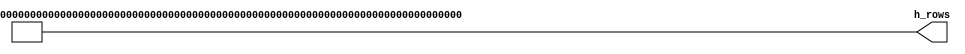
//*****************************************************************************
// (c) Copyright 2008 - 2013 Xilinx, Inc. All rights reserved.
//
// This file contains confidential and proprietary information
// of Xilinx, Inc. and is protected under U.S. and
// international copyright and other intellectual property
// laws.
//
// DISCLAIMER
// This disclaimer is not a license and does not grant any
// rights to the materials distributed herewith. Except as
// otherwise provided in a valid license issued to you by
// Xilinx, and to the maximum extent permitted by applicable
// law: (1) THESE MATERIALS ARE MADE AVAILABLE "AS IS" AND
// WITH ALL FAULTS, AND XILINX HEREBY DISCLAIMS ALL WARRANTIES
// AND CONDITIONS, EXPRESS, IMPLIED, OR STATUTORY, INCLUDING
// BUT NOT LIMITED TO WARRANTIES OF MERCHANTABILITY, NON-
// INFRINGEMENT, OR FITNESS FOR ANY PARTICULAR PURPOSE; and
// (2) Xilinx shall not be liable (whether in contract or tort,
// including negligence, or under any other theory of
// liability) for any loss or damage of any kind or nature
// related to, arising under or in connection with these
// materials, including for any direct, or any indirect,
// special, incidental, or consequential loss or damage
// (including loss of data, profits, goodwill, or any type of
// loss or damage suffered as a result of any action brought
// by a third party) even if such damage or loss was
// reasonably foreseeable or Xilinx had been advised of the
// possibility of the same.
//
// CRITICAL APPLICATIONS
// Xilinx products are not designed or intended to be fail-
// safe, or for use in any application requiring fail-safe
// performance, such as life-support or safety devices or
// systems, Class III medical devices, nuclear facilities,
// applications related to the deployment of airbags, or any
// other applications that could lead to death, personal
// injury, or severe property or environmental damage
// (individually and collectively, "Critical
// Applications"). Customer assumes the sole risk and
// liability of any use of Xilinx products in Critical
// Applications, subject only to applicable laws and
// regulations governing limitations on product liability.
//
// THIS COPYRIGHT NOTICE AND DISCLAIMER MUST BE RETAINED AS
// PART OF THIS FILE AT ALL TIMES.
//
//*****************************************************************************
//   ____  ____
//  /   /\/   /
// /___/  \  /    Vendor                : Xilinx
// \   \   \/     Version               : %version
//  \   \         Application           : MIG
//  /   /         Filename              : ecc_gen.v
// /___/   /\     Date Last Modified    : $date$
// \   \  /  \    Date Created          : Tue Jun 30 2009
//  \___\/\___\
//
//Device            : 7-Series
//Design Name       : DDR3 SDRAM
//Purpose           :
//Reference         :
//Revision History  :
//*****************************************************************************

`timescale 1ps/1ps

// Generate the ecc code.  Note that the synthesizer should
// generate this as a static logic.  Code in this block should
// never run during simulation phase, or directly impact timing.
//
// The code generated is a single correct, double detect code.
// It is the classic Hamming code.  Instead, the code is
// optimized for minimal/balanced tree depth and size.  See
// Hsiao IBM Technial Journal 1970.
//
// The code is returned as a single bit vector, h_rows.  This was
// the only way to "subroutinize" this with the restrictions of
// disallowed include files and that matrices cannot be passed
// in ports.
//
// Factorial and the combos functions are defined.  Combos
// simply computes the number of combinations from the set
// size and elements at a time.
//
// The function next_combo computes the next combination in
// lexicographical order given the "current" combination.  Its
// output is undefined if given the last combination in the 
// lexicographical order. 
// 
// next_combo is insensitive to the number of elements in the
// combinations.
//
// An H transpose matrix is generated because that's the easiest
// way to do it. The H transpose matrix is generated by taking
// the one at a time combinations, then the 3 at a time, then
// the 5 at a time.  The number combinations used is equal to
// the width of the code (CODE_WIDTH).  The boundaries between
// the 1, 3 and 5 groups are hardcoded in the for loop.
//
// At the same time the h_rows vector is generated from the
// H transpose matrix.

module mig_7series_v4_2_ecc_gen
  #(
    parameter CODE_WIDTH        = 72,
    parameter ECC_WIDTH         = 8,
    parameter DATA_WIDTH        = 64
   )
   (
     /*AUTOARG*/
  // Outputs
  h_rows
  );
 

  function integer factorial (input integer i);
    integer index;
    if (i == 1) factorial = 1;
    else begin
      factorial = 1;
      for (index=2; index<=i; index=index+1)
        factorial = factorial * index;
    end
  endfunction // factorial

  function integer combos (input integer n, k);
    combos = factorial(n)/(factorial(k)*factorial(n-k));
  endfunction // combinations
  
  // function next_combo
  // Given a combination, return the next combo in lexicographical
  // order.  Scans from right to left.  Assumes the first combination
  // is k ones all of the way to the left.
  //
  // Upon entry, initialize seen0, trig1, and ones.  "seen0" means
  // that a zero has been observed while scanning from right to left.
  // "trig1" means that a one have been observed _after_ seen0 is set.
  // "ones" counts the number of ones observed while scanning the input.
  //
  // If trig1 is one, just copy the input bit to the output and increment
  // to the next bit.  Otherwise  set the the output bit to zero, if the 
  // input is a one, increment ones.  If the input bit is a one and seen0
  // is true, dump out the accumulated ones.  Set seen0 to the complement
  // of the input bit.  Note that seen0 is not used subsequent to trig1 
  // getting set.
  function [ECC_WIDTH-1:0] next_combo (input [ECC_WIDTH-1:0] i);
    integer index;
    integer dump_index;
    reg seen0;
    reg trig1;
//    integer ones;
    reg [ECC_WIDTH-1:0] ones;
    begin
      seen0 = 1'b0;
      trig1 = 1'b0;
      ones = 0;
      for (index=0; index<ECC_WIDTH; index=index+1)
        begin
          // The "== 1'bx" is so this will converge at time zero.
          // XST assumes false, which should be OK.
          if (trig1) next_combo[index] = i[index];
          else begin
            next_combo[index] = 1'b0;
            ones = ones + i[index];
            if (i[index] && seen0) begin
              trig1 = 1'b1;
              for (dump_index=index-1; dump_index>=0;dump_index=dump_index-1)
                if (dump_index>=index-ones) next_combo[dump_index] = 1'b1;  
            end               
            seen0 = ~i[index];
          end // else: !if(trig1)
        end            
    end // function
  endfunction // next_combo

  wire [ECC_WIDTH-1:0] ht_matrix [CODE_WIDTH-1:0];
  output wire [CODE_WIDTH*ECC_WIDTH-1:0] h_rows;

  localparam COMBOS_3 = combos(ECC_WIDTH, 3);
  localparam COMBOS_5 = combos(ECC_WIDTH, 5);
  genvar n;
  genvar s;
  generate
    for (n=0; n<CODE_WIDTH; n=n+1) begin : ht
      if (n == 0)                
         assign ht_matrix[n] = {{3{1'b1}}, {ECC_WIDTH-3{1'b0}}};
      else if (n == COMBOS_3 && n < DATA_WIDTH)    
         assign ht_matrix[n] = {{5{1'b1}}, {ECC_WIDTH-5{1'b0}}};
      else if ((n == COMBOS_3+COMBOS_5) && n < DATA_WIDTH)    
         assign ht_matrix[n] = {{7{1'b1}}, {ECC_WIDTH-7{1'b0}}};
      else if (n == DATA_WIDTH)   
         assign ht_matrix[n] = {{1{1'b1}}, {ECC_WIDTH-1{1'b0}}};
      else assign ht_matrix[n] = next_combo(ht_matrix[n-1]);
      
      for (s=0; s<ECC_WIDTH; s=s+1) begin : h_row
        assign h_rows[s*CODE_WIDTH+n] = ht_matrix[n][s];
      end
    end
  endgenerate 
  
endmodule // ecc_gen